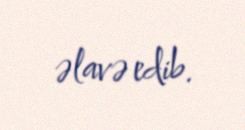
əlavə edib.